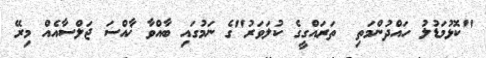
"ކޮޅުމަޑުލު ހައްދުންމަތި  ތަރައްގީގެ ކުލަވަރު"ގެ ނަމުގައި ބާއްވާ ޚާއްސަ ޖަލްސާއެއް މިރޭ